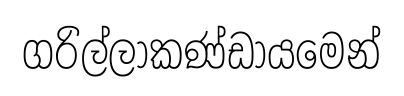
ගරිල්ලාකණ්ඩායමෙන්